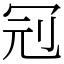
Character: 𠜍